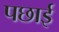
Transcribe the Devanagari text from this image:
पछाई